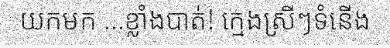
យកមក ...ខ្លាំងបាត់! ក្មេងស្រីៗទំនើង